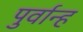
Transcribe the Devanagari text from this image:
पुर्वान्ह